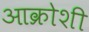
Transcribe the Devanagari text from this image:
आक्रोशी